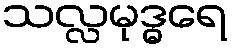
သလ္လမုဒ္ဓရေ